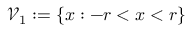
\mathcal { V } _ { 1 } : = \{ x : - r < x < r \}